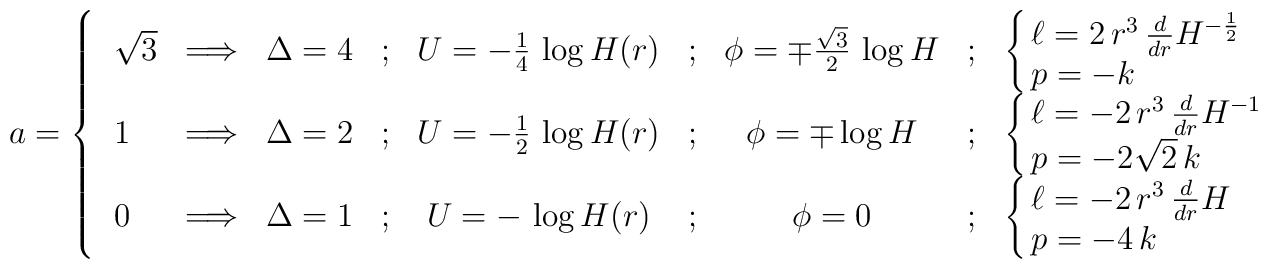
a= \cases{ {\begin{array}{lcccccccl} \sqrt{3} & \Longrightarrow & \Delta = 4 & ; & U =-\frac{1}{4}\, \log H(r) &;& \phi = \mp \frac{\sqrt{3}}{2} \, \log H &;& \cases{ \ell = 2 \, r^3 \, \frac{d}{dr}H^{-\frac{1}{2}} \cr p= -k \cr }\\ 1 & \Longrightarrow & \Delta = 2 & ; & U =-\frac{1}{2}\, \log H(r) &;& \phi = \mp   \log H &;& \cases{ \ell = -2 \, r^3 \, \frac{d}{dr}H^{-1} \cr p= -2\sqrt{2}\, k \cr} \\ 0 & \Longrightarrow & \Delta = 1 & ; & U =- \, \log H(r) &;& \phi = 0   &;& \cases{ \ell = - 2 \, r^3 \, \frac{d}{dr}H  \cr p = -4 \, k \cr} \\\end{array}} \cr}